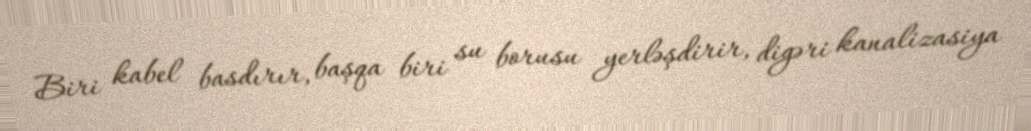
Biri kabel basdırır, başqa biri su borusu yerləşdirir, digəri kanalizasiya